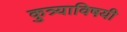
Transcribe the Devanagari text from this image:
कुत्र्याविषयी